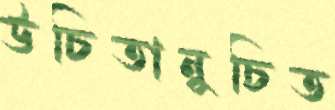
উচিতানুচিত